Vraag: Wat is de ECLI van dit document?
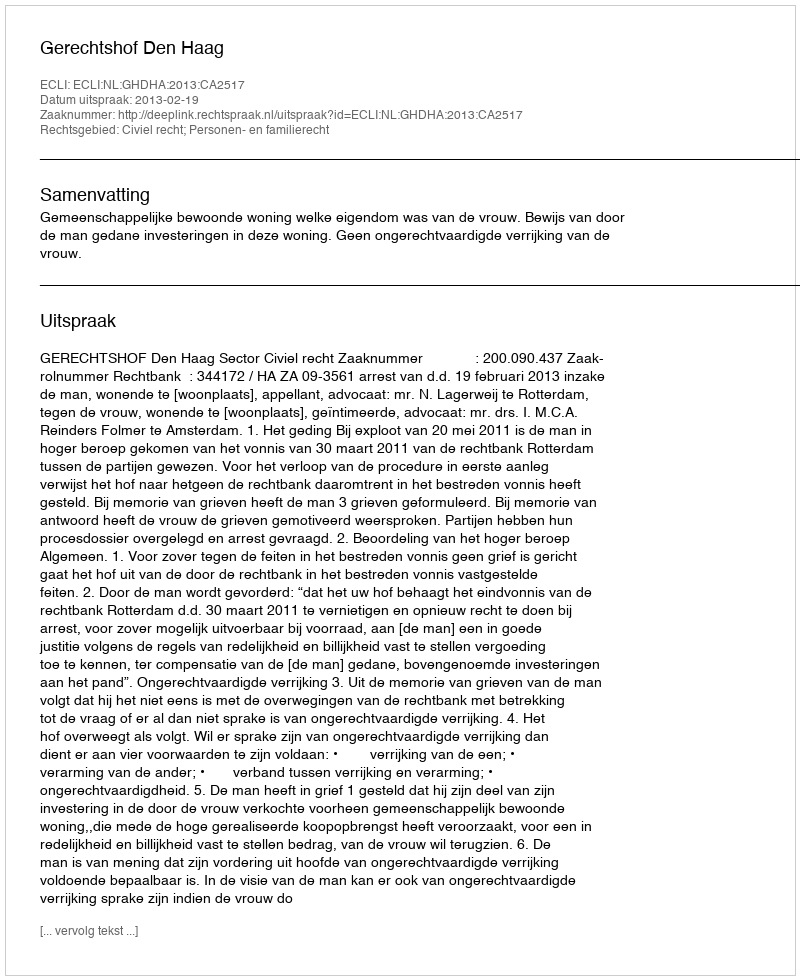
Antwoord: ECLI:NL:GHDHA:2013:CA2517